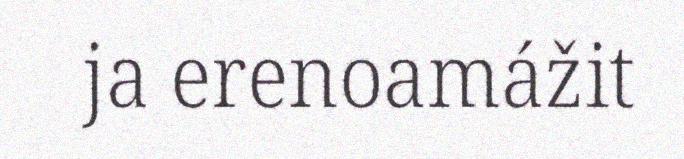
ja erenoamážit